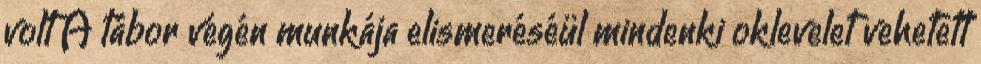
volt A tábor végén munkája elismeréséül mindenki oklevelet vehetett